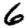
Digit: 6